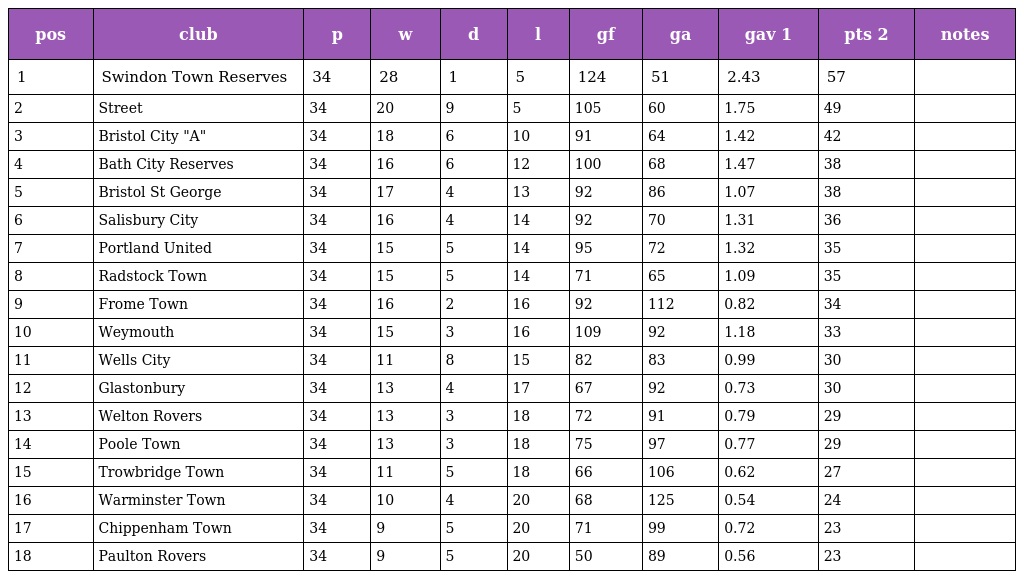
| pos | club | p | w | d | l | gf | ga | gav 1 | pts 2 | notes |
 | --- | --- | --- | --- | --- | --- | --- | --- | --- | --- | --- |
 | 1 | Swindon Town Reserves | 34 | 28 | 1 | 5 | 124 | 51 | 2.43 | 57 |  |
 | 2 | Street | 34 | 20 | 9 | 5 | 105 | 60 | 1.75 | 49 |  |
 | 3 | Bristol City "A" | 34 | 18 | 6 | 10 | 91 | 64 | 1.42 | 42 |  |
 | 4 | Bath City Reserves | 34 | 16 | 6 | 12 | 100 | 68 | 1.47 | 38 |  |
 | 5 | Bristol St George | 34 | 17 | 4 | 13 | 92 | 86 | 1.07 | 38 |  |
 | 6 | Salisbury City | 34 | 16 | 4 | 14 | 92 | 70 | 1.31 | 36 |  |
 | 7 | Portland United | 34 | 15 | 5 | 14 | 95 | 72 | 1.32 | 35 |  |
 | 8 | Radstock Town | 34 | 15 | 5 | 14 | 71 | 65 | 1.09 | 35 |  |
 | 9 | Frome Town | 34 | 16 | 2 | 16 | 92 | 112 | 0.82 | 34 |  |
 | 10 | Weymouth | 34 | 15 | 3 | 16 | 109 | 92 | 1.18 | 33 |  |
 | 11 | Wells City | 34 | 11 | 8 | 15 | 82 | 83 | 0.99 | 30 |  |
 | 12 | Glastonbury | 34 | 13 | 4 | 17 | 67 | 92 | 0.73 | 30 |  |
 | 13 | Welton Rovers | 34 | 13 | 3 | 18 | 72 | 91 | 0.79 | 29 |  |
 | 14 | Poole Town | 34 | 13 | 3 | 18 | 75 | 97 | 0.77 | 29 |  |
 | 15 | Trowbridge Town | 34 | 11 | 5 | 18 | 66 | 106 | 0.62 | 27 |  |
 | 16 | Warminster Town | 34 | 10 | 4 | 20 | 68 | 125 | 0.54 | 24 |  |
 | 17 | Chippenham Town | 34 | 9 | 5 | 20 | 71 | 99 | 0.72 | 23 |  |
 | 18 | Paulton Rovers | 34 | 9 | 5 | 20 | 50 | 89 | 0.56 | 23 |  |